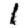
Digit: 1